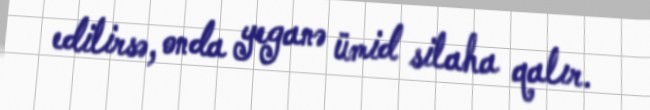
edilirsə, onda yeganə ümid silaha qalır.